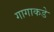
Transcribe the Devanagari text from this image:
गागाकडे